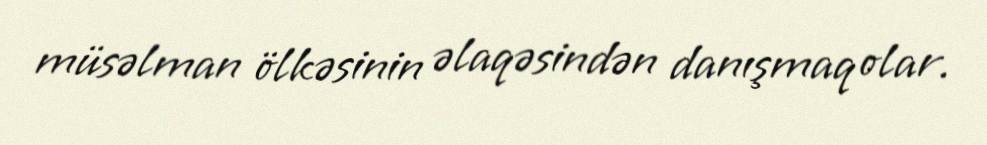
müsəlman ölkəsinin əlaqəsindən danışmaq olar.